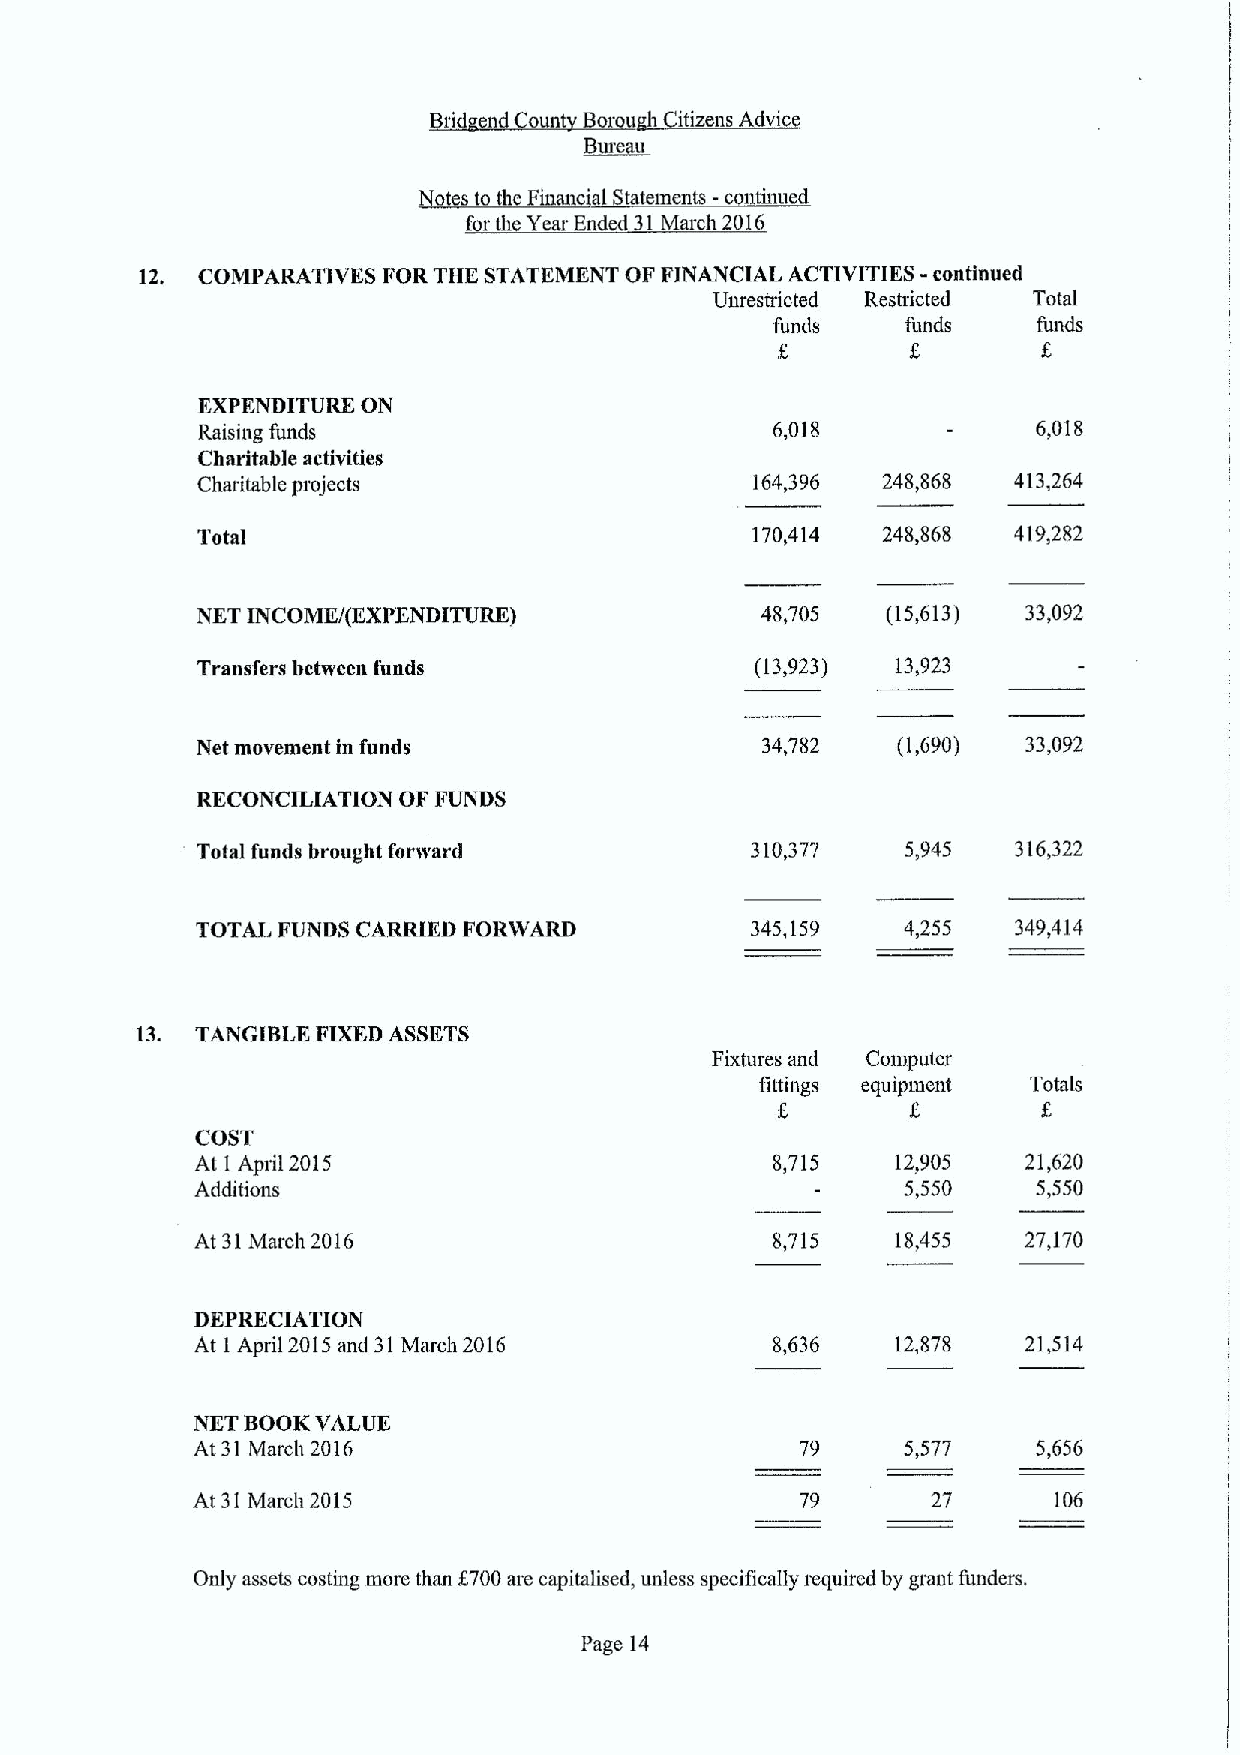
Bri nd oun Borou itizens dvi
 ~Be u
 utes to thc Financ' IStatements -c t tinued
 f r th Year Ended31March2016
 -
 12. COMPARATIVES FOR THE STATEMENT OF FINANCIAL ACTIVITIES continued
 Unrestricted Restricted Total
 funds    funds    funds
 I        6
 EXPENDITURE ON
 Raising funds                         6,018             6,018
 Charitable activities
 Charitable projects                  164,396 248,868  413,264
 Total                                170,414 248,868  419,282
 NET INCOME/(EXPENDITURE)             48,705   (15,613) 33,092
 Transfers between funds              (13,923) 13,923
 Net movement in funds                34,782   (1,690)  33,092
 RECONCILIATION OF FUNDS
 Total funds brought forward          310,377   5,945  316,322
 TOTAL FUNDS CARRIED FORWARD          345,159   4,255  349,414
 13. TANGIBLE FIXEDASSETS
 Fixtures and Computer
 iittings equipment Totals
 6
 COST
 At 1April 2015                        8,715   12,905   21,620
 Additions                                      5,550    5,550
 At 31March 2016                       8,715   18,455   27,170
 DEPRECIATION
 At 1April 2015and 31March 2016        8,636   12,878   21,514
 NET BOOK VALUE
 At 31 March 2016                        79     5,577    5,656
 At 31March 2015                         79       27      106
 Only assets costing more than 6700are capitalised, unless specifically required by grant funders.
 Page 14